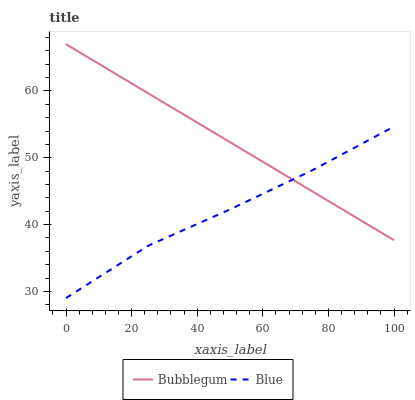
| xaxis_label | Bubblegum | Blue |
 | --- | --- | --- |
 | 0 | 67 | 29 |
 | 25 | 59.7 | 36.8 |
 | 50 | 52.3 | 42.3 |
 | 75 | 45 | 48.1 |
 | 100 | 37.7 | 54.7 |